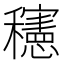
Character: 𰩀